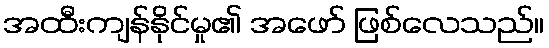
အထီးကျန်နိုင်မှု၏ အဖော် ဖြစ်လေသည်။